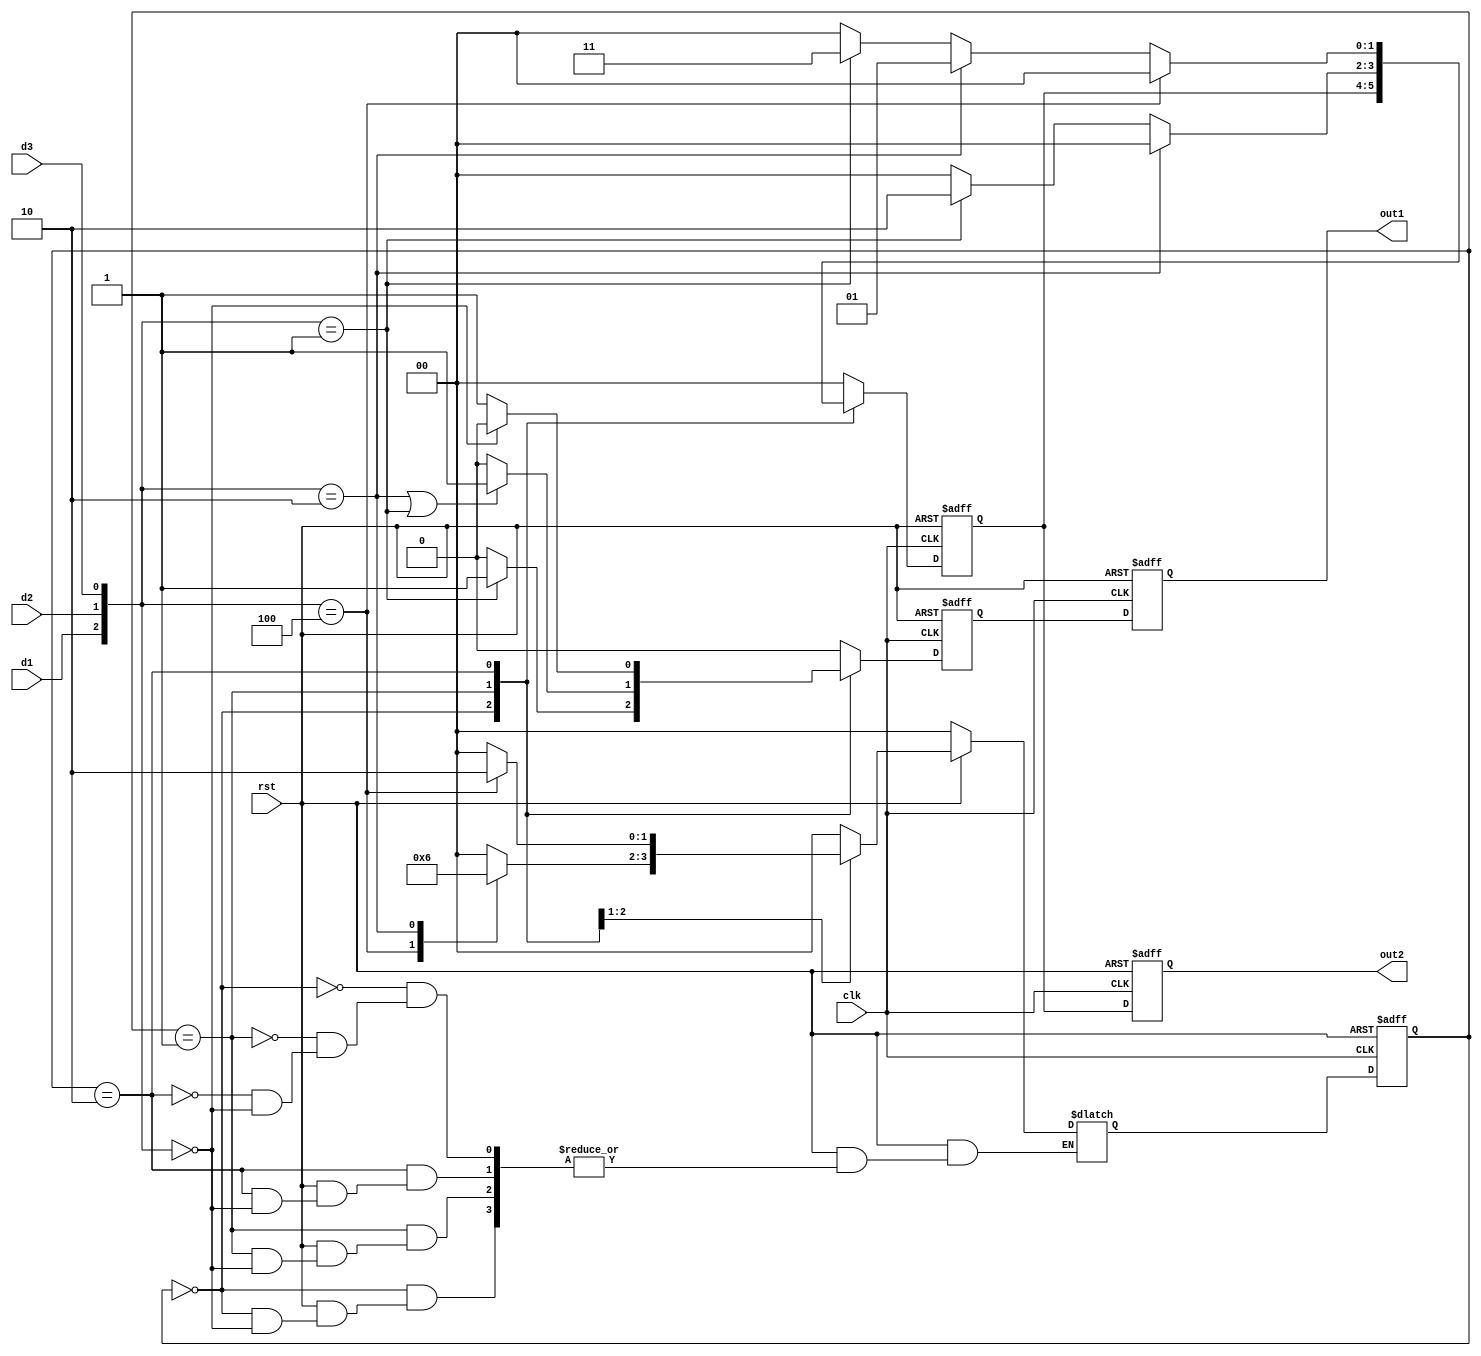
module vending_machi (
    input wire clk,
    input wire rst,
    input wire d1,   // 0.5 元
    input wire d2,   // 1元
    input wire d3,   // 2元
    output reg out1, // 饮料买到没有
    output reg [1:0] out2  // 找零 只找0.5元面额的
);

    parameter IDLE = 2'b00;   // 付款后剩余钱数 0
    parameter S0 = 2'b01;     // 付款后剩余钱数 0.5
    parameter S1 = 2'b10;     // 付款后剩余钱数 1

    reg [1:0] cur_sta, next_sta;
    always @(posedge clk or negedge rst) begin
        if(~rst) begin
            cur_sta <= IDLE;
        end
        else begin
            cur_sta <= next_sta;
        end
    end
    
    // 状态转移条件
    always @(d1, d2, d3, rst) begin
        if(~rst) begin
            next_sta = IDLE;
        end
        else begin
            case(cur_sta)
                IDLE: begin
                    case ({d1, d2, d3})
                        3'b000: next_sta = next_sta;
                        3'b100: next_sta = S0;
                        3'b010: next_sta = S1;
                        3'b001: next_sta = IDLE;
                        default: next_sta = IDLE;
                    endcase
                end
                S0: begin
                    case ({d1, d2, d3})
                        3'b000: next_sta = next_sta;
                        3'b100: next_sta = S1;
                        3'b010: next_sta = IDLE;
                        3'b001: next_sta = IDLE;
                        default: next_sta = IDLE;
                    endcase
                end
                S1: begin
                    case ({d1, d2, d3})
                        3'b000: next_sta = next_sta;
                        3'b100: next_sta = IDLE;
                        3'b010: next_sta = IDLE;
                        3'b001: next_sta = IDLE;
                        default: next_sta = IDLE;
                    endcase
                end
                default: next_sta = ({d1, d2, d3} == 3'b000) ? next_sta : IDLE;
            endcase
        end
    end

    // 输出逻辑
    reg out1_t;
    reg [1:0] out2_t;

    always @(posedge clk or negedge rst) begin
        if(~rst) begin
            out1_t <= 'b0;
            out2_t <= 'b0;
        end
        else begin
            case(cur_sta)
                IDLE: begin
                    out1_t <= ({d1, d2, d3} == 3'b001) ? 1'b1 : 1'b0;
                    out2_2 <= ({d1, d2, d3} == 3'b001) ? 2'b01 : 2'b00; 
                end
                S0: begin
                    out1_t <= (({d1, d2, d3} == 3'b010) || ({d1, d2, d3} == 3'b001)) ? 1'b1 : 1'b0;
                    out2_t <= ({d1, d2, d3} == 3'b010) ? 2'b00 : (({d1, d2, d3} == 3'b001) ? 2'b10 : 2'b00);
                end
                S1: begin
                    out1_t <= ({d1, d2, d3} == 3'b000) ? 1'b0 : 1'b1;
                    out2_t <= ({d1, d2, d3} == 3'b100) ? 2'b00 : (({d1, d2, d3} == 3'b010) ? 2'b01 : (({d1 ,d2, d3} == 3'b001) ? 2'b11 : 2'b00));
                end
                default: begin
                    out1_t <= 1'b0;
                    out2_t <= 2'b00;
                end
            endcase
        end
    end

    always @(posedge clk or negedge rst) begin
        if(~rst) begin
            out1 <= 'b0;
            out2 <= 'b0;
        end
        else begin
            out1 <= out1_t;
            out2 <= out2_t;
        end
    end

endmodule